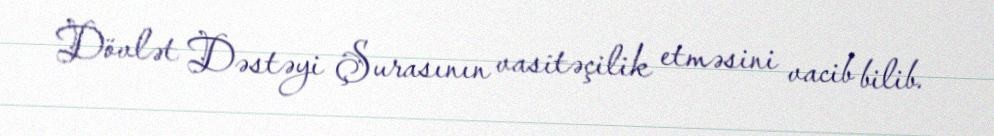
Dövlət Dəstəyi Şurasının vasitəçilik etməsini vacib bilib.